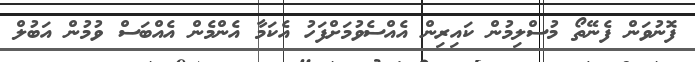
ފޮނުވަން ފެނޭތޯ މުސްލިމުން ކައިރިން އެއްސެވުމަށްފަހު އެކަމާ އެންމެން އެއްބަސް ވުމުން އަބުލް